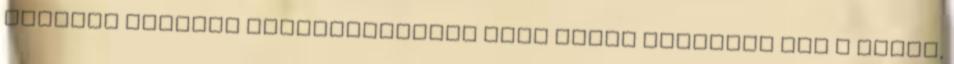
szerint nagyobb katasztrófától csak azért menekült meg a város,